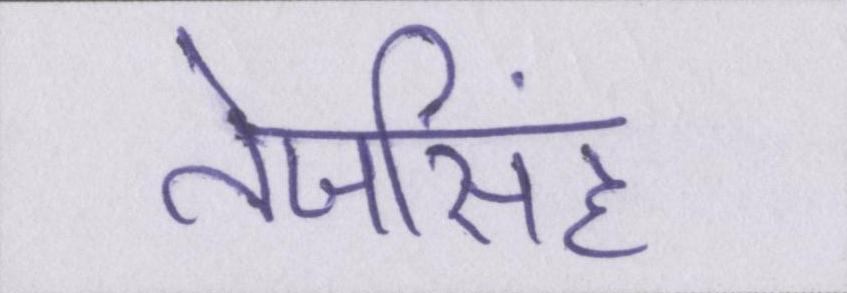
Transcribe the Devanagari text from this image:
तेजसिंह